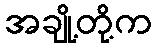
အချို့တို့က